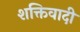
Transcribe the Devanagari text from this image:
शक्तिवादी